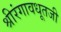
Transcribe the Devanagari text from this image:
श्रीरंगावधूतजी